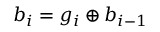
b _ { i } = g _ { i } \oplus b _ { i - 1 }